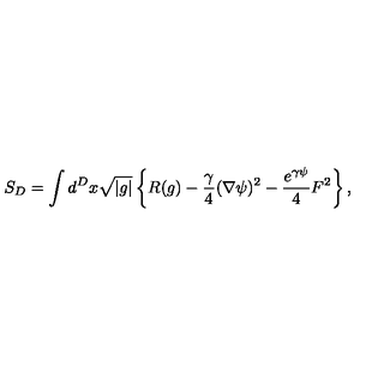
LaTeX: S _ { D } = \int d ^ { D } x \sqrt { | g | } \left\{ R ( g ) - \frac { \gamma } 4 ( \nabla \psi ) ^ { 2 } - \frac { e ^ { \gamma \psi } } 4 F ^ { 2 } \right\} ,